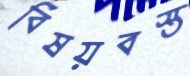
বিষয়বস্ত